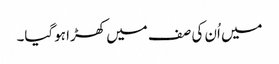
میں اُن کی صف میں کھڑا ہوگیا۔